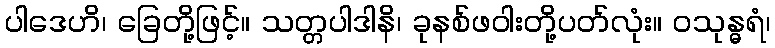
ပါဒေဟိ၊ ခြေတို့ဖြင့်။ သတ္တပါဒါနိ၊ ခုနစ်ဖဝါးတို့ပတ်လုံး။ ဝသုန္ဓရံ၊